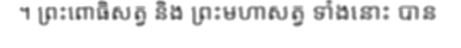
។ ព្រះពោធិសត្វ និង ព្រះមហាសត្វ ទាំងនោះ បាន